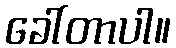
ခေါ်တာပါ။